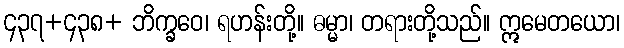
၄၃၇+၄၃၈+ ဘိက္ခဝေ၊ ရဟန်းတို့။ ဓမ္မာ၊ တရားတို့သည်။ ဣမေတယော၊